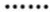
······